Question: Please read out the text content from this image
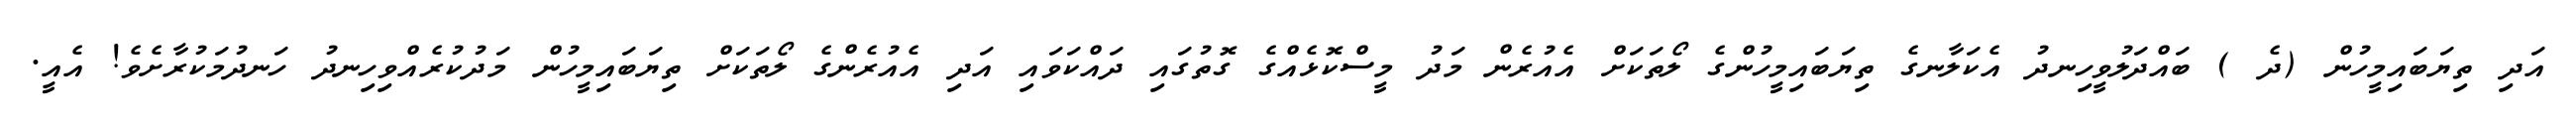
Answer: އަދި ތިޔަބައިމީހުން (ދެ ) ބައްދަލުވީހިނދު އެކަލާނގެ ތިޔަބައިމީހުންގެ ލޯތަކަށް އެއުރެން މަދު މީސްކޮޅެއްގެ ގޮތުގައި ދައްކަވައި އަދި އެއުރެންގެ ލޯތަކަށް ތިޔަބައިމީހުން މަދުކުރެއްވިހިނދު ހަނދުމަކުރާށެވެ! އެއީ.